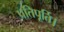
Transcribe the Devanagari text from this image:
प्रतिपूर्ति।